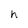
Character: h